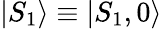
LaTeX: |S_{1}\rangle\equiv|S_{1},0\rangle